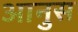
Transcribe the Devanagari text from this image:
आनुस